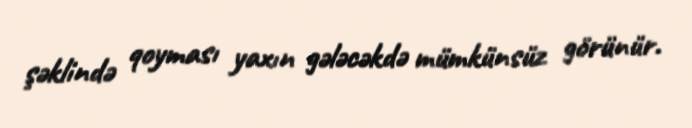
şəklində qoyması yaxın gələcəkdə mümkünsüz görünür.